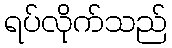
ရပ်လိုက်သည်